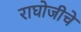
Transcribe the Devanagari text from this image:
राघोजीचे